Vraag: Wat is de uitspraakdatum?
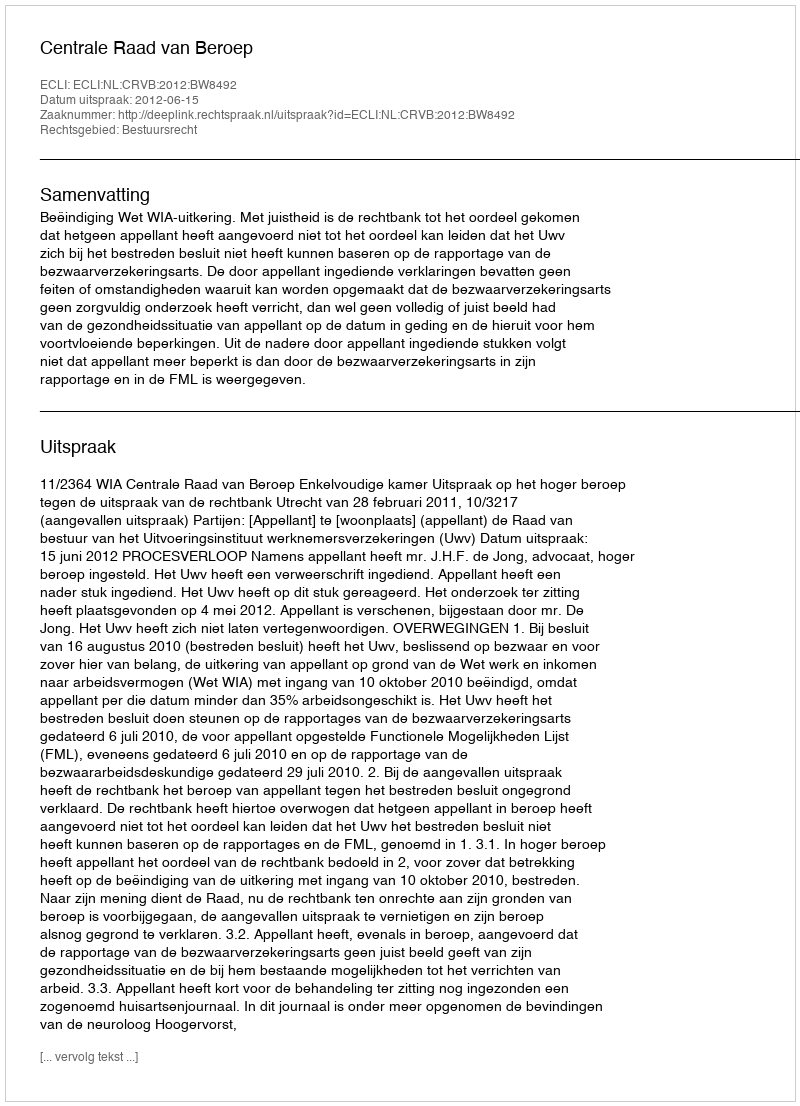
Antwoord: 2012-06-15